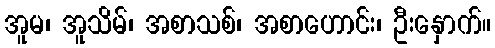
အူမ၊ အူသိမ်၊ အစာသစ်၊ အစာဟောင်း၊ ဦးနှောက်။